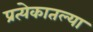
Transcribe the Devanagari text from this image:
प्रत्येकातल्या